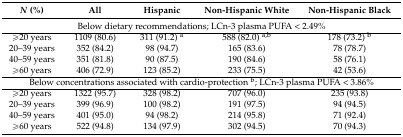
<table><thead><tr><td><b><i>N</i> (%)</b></td><td><b>All</b></td><td><b>Hispanic</b></td><td><b>Non-Hispanic White</b></td><td><b>Non-Hispanic Black</b></td></tr></thead><tbody><tr><td colspan="5">Below dietary recommendations; LCn-3 plasma PUFA &lt; 2.49%</td></tr><tr><td>≥20 years</td><td>1109 (80.6)</td><td>311 (91.2) <sup>a</sup></td><td>588 (82.0) <sup>a,b</sup></td><td>178 (73.2) <sup>b</sup></td></tr><tr><td>20–39 years</td><td>352 (84.2)</td><td>98 (94.7)</td><td>165 (83.6)</td><td>78 (78.7)</td></tr><tr><td>40–59 years</td><td>351 (81.8)</td><td>90 (87.5)</td><td>190 (84.6)</td><td>58 (76.1)</td></tr><tr><td>≥60 years</td><td>406 (72.9)</td><td>123 (85.2)</td><td>233 (75.5)</td><td>42 (53.6)</td></tr><tr><td colspan="5">Below concentrations associated with cardio-protection <sup>b</sup>; LCn-3 plasma PUFA &lt; 3.86%</td></tr><tr><td>≥20 years</td><td>1322 (95.7)</td><td>328 (98.2)</td><td>707 (96.0)</td><td>235 (93.8)</td></tr><tr><td>20–39 years</td><td>399 (96.9)</td><td>100 (98.2)</td><td>191 (97.5)</td><td>94 (94.5)</td></tr><tr><td>40–59 years</td><td>401 (95.0)</td><td>94 (98.2)</td><td>214 (95.8)</td><td>71 (92.4)</td></tr><tr><td>≥60 years</td><td>522 (94.8)</td><td>134 (97.9)</td><td>302 (94.5)</td><td>70 (94.3)</td></tr></tbody></table>